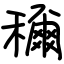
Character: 穪